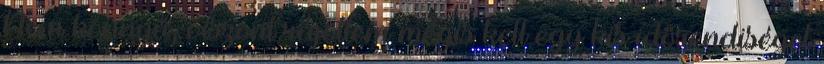
Nem könnyű, viszont rájöttem mégis kell egy kis időrendiséget